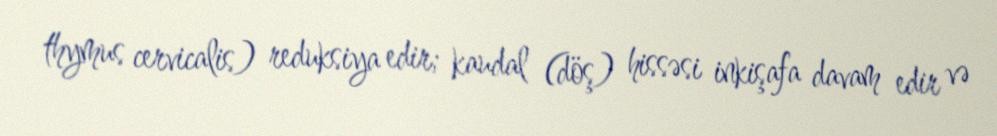
thymus cervicalis) reduksiya edir; kaudal (döş) hissəsi inkişafa davam edir və